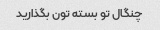
چنگال تو بسته تون بگذارید